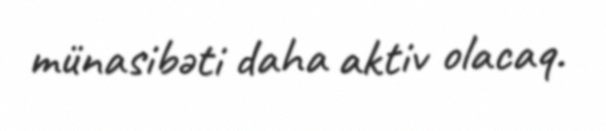
münasibəti daha aktiv olacaq.